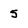
Character: 5